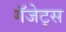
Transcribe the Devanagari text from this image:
गॅजेट्स